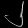
Digit: ၂